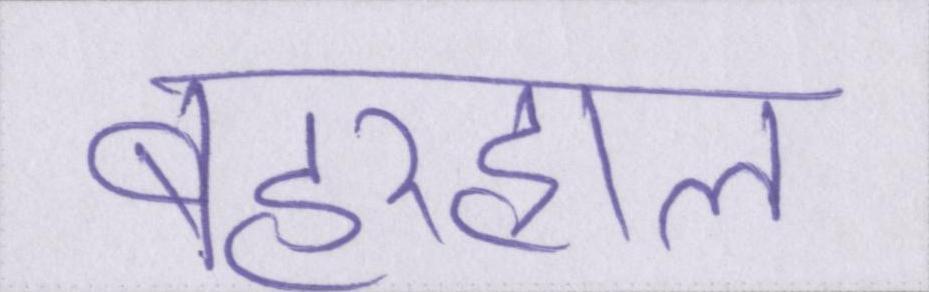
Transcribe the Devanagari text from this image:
बहरहाल